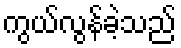
ကွယ်လွန်ခဲ့သည်